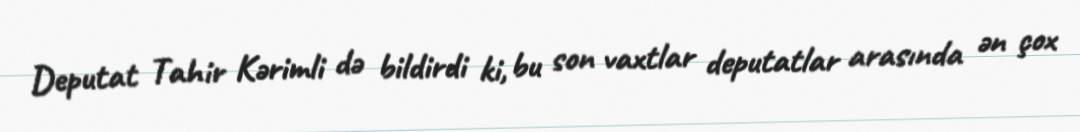
Deputat Tahir Kərimli də bildirdi ki, bu son vaxtlar deputatlar arasında ən çox